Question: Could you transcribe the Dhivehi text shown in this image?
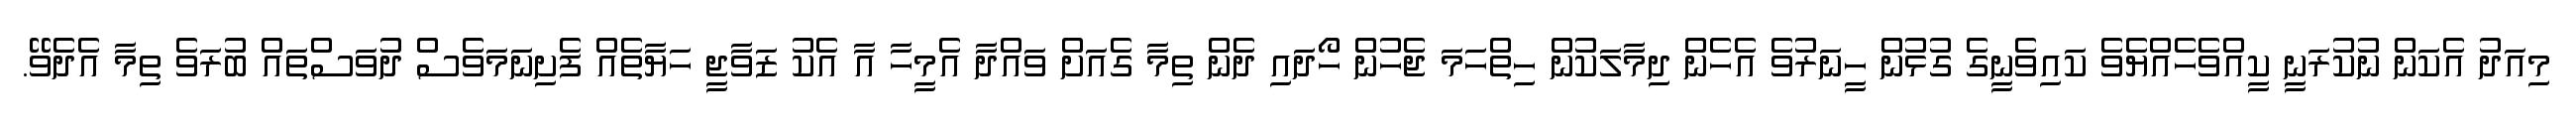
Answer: މިއަދު އެކަން ނުކުރަނީ ކީއްވެހެއްޔެވެ ކައިވެނީގެ ގުޅުން ހީނަރުވެ އެހެން ދިމާލަކުން ހިތްހަމަ ޖެހުން ހޯދައި ދެން ތިމާ ގެއަށް ވައްދާ އެމީހާ އާ އެކު ޒަވާޖީ ހަޔާތެއް ފެށިނަމަވެސް ދުވަސްތައް ބުރަވެ ތިމާ އެދެވޭ.